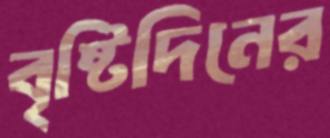
বৃষ্টিদিনের